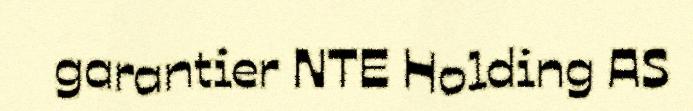
garantier NTE Holding AS